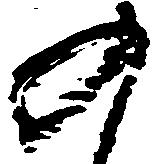
の